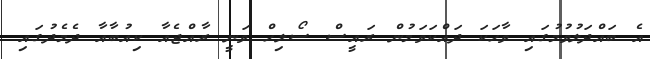
އެ ބައްދަލުވުމުގައި ވާހަކަ ދައްކަވަމުން ރައީސް ސޯލިހް ވަނީ ރާއްޖެއާ ކިއުބާއާ ދެމެދުގައި